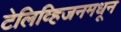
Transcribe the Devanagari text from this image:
टेलिव्हिजनमधून